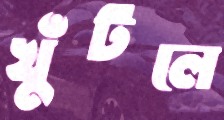
খুঁটলে